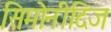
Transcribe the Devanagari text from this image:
सिमोनीदिज